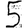
Digit: 5